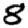
Digit: 8